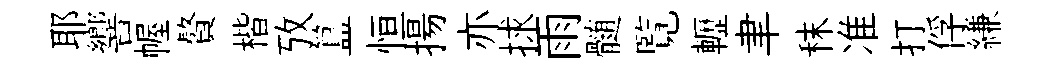
耶響幄贅楷攷簋恒揚亦捄雨髄覧轣聿秣准打俘縑